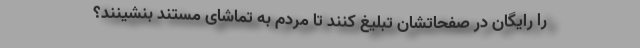
را رایگان در صفحاتشان تبلیغ کنند تا مردم به تماشای مستند بنشینند؟